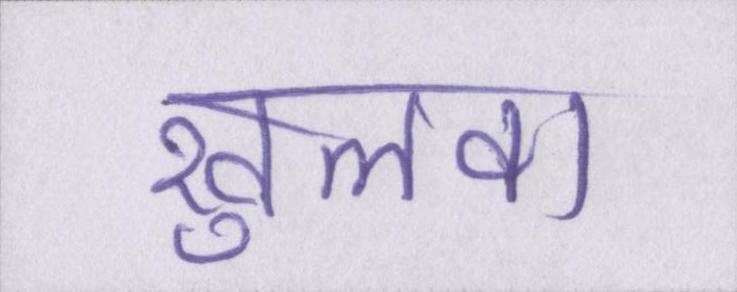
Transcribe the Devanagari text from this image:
खुलवा